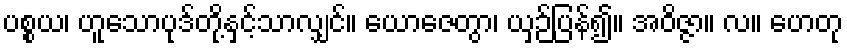
ပစ္စယ၊ ဟူသောပုဒ်တို့နှင့်သာလျှင်။ ယောဇေတွာ၊ ယှဉ်ပြန်၍။ အဝိဇ္ဇာ။ လ။ ဟေတု